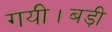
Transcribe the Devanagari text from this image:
गयी।बड़ी